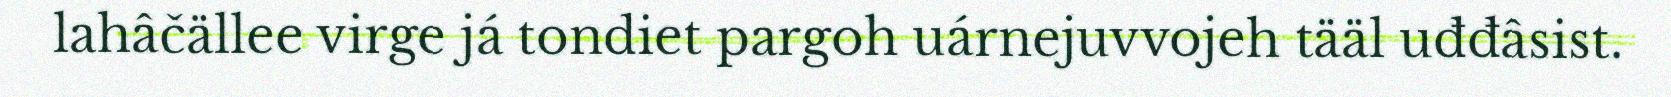
lahâčällee virge já tondiet pargoh uárnejuvvojeh tääl uđđâsist.